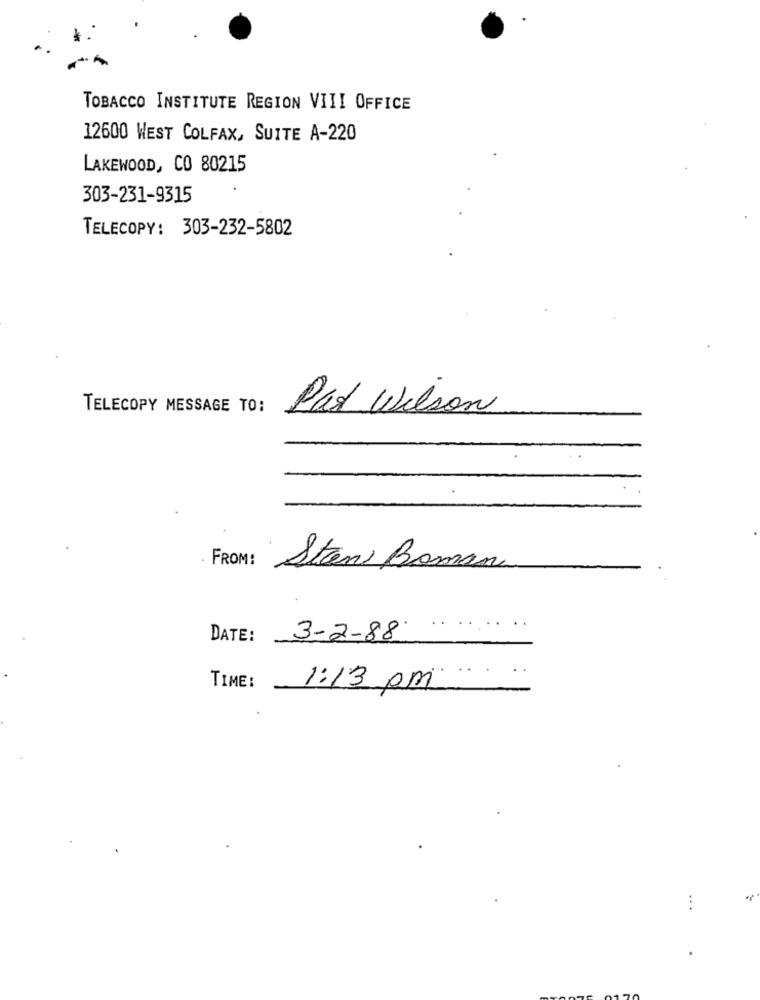
TOBACCO INSTITUTE REGION VIII OFFICE
12600 WEST COLFAX, SUITE A-220
LAKEWOOD, CO 80215
303-231-9315
TELECOPY: 303-232-5802
TELECOPY MESSAGE TO:
Pas Wilson
. FROM!
Stan Roman
DATE:
3-2-88
TIME:
1:13 pm
...